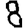
Digit: 8